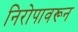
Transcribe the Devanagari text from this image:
निरोपावरून